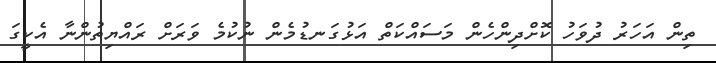
ތިން އަހަރު ދުވަހު ކޮށްދިންހެން މަސައްކަތް އަޅުގަނޑުމެން ނުކުމެ ވަރަށް ރައްޔިތުންނާ އެކީގަ